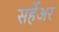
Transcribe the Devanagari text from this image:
सर्हेअर